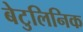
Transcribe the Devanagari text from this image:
बेटुलिनिक